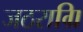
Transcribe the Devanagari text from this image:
जठराग्रि